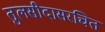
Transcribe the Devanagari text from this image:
तुलसीदासरचित